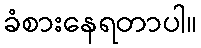
ခံစားနေရတာပါ။